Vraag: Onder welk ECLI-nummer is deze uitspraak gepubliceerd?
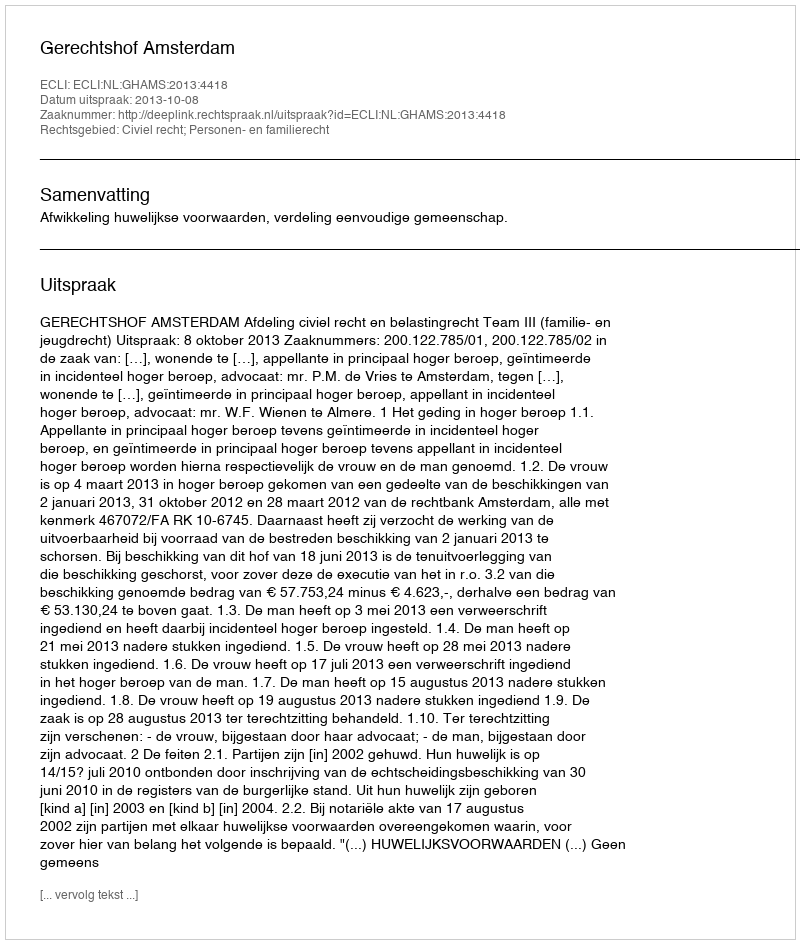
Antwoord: ECLI:NL:GHAMS:2013:4418